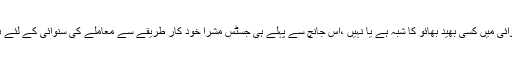
لہٰذا معاملے کی سنوائی میں کسی بھید بھائو کا شبہ ہے یا نہیں ،اس جانچ سے پہلے ہی جسٹس مشرا خود کار طریقے سے معاملے کی سنوائی کے لئے نا اہل ہوجاتے تھے۔